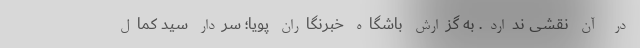
در آن نقشی ندارد. به گزارش باشگاه خبرنگاران پویا؛ سردار سید کمال